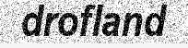
drofland